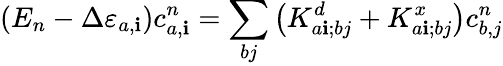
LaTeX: \left(E_{n}-\Delta\varepsilon_{a,\mathbf{i}}\right)c_{a,\mathbf{i}}^{n}=\sum_{bj}\left(K_{a\mathbf{i};bj}^{d}+K_{a\mathbf{i};bj}^{x}\right)c_{b,j}^{n}